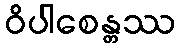
ဝိပါစေန္တဿ